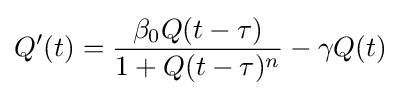
Q'(t)={\frac {\beta _{0}Q(t-\tau )}{1+Q(t-\tau )^{n}}}-\gamma Q(t)